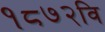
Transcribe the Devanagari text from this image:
१८७२वि